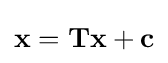
\mathbf {x} =\mathbf {Tx} +\mathbf {c}